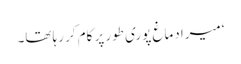
‘ میرا دماغ پوری طور پر کام کر رہا تھا۔